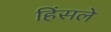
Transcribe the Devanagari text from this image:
हिंसले